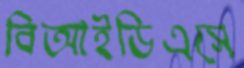
বিআইডিএসে